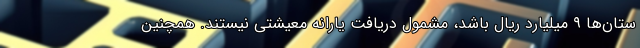
ستان‌ها ۹ میلیارد ریال باشد، مشمول دریافت یارانه معیشتی نیستند. همچنین